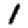
Digit: 1